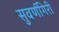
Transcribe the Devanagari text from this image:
सुवर्णगिरी